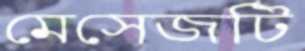
মেসেজটি